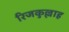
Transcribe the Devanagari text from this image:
रिजकुल्लाह